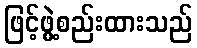
ဖြင့်ဖွဲ့စည်းထားသည်